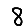
Digit: 8